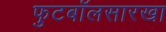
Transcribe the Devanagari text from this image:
फुटबॉलसारखा